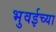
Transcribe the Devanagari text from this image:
भुवईच्या